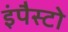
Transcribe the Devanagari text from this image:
इंपैस्टो